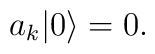
a_k |0\rangle=0.